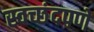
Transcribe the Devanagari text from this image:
स्वच्छंदपणे